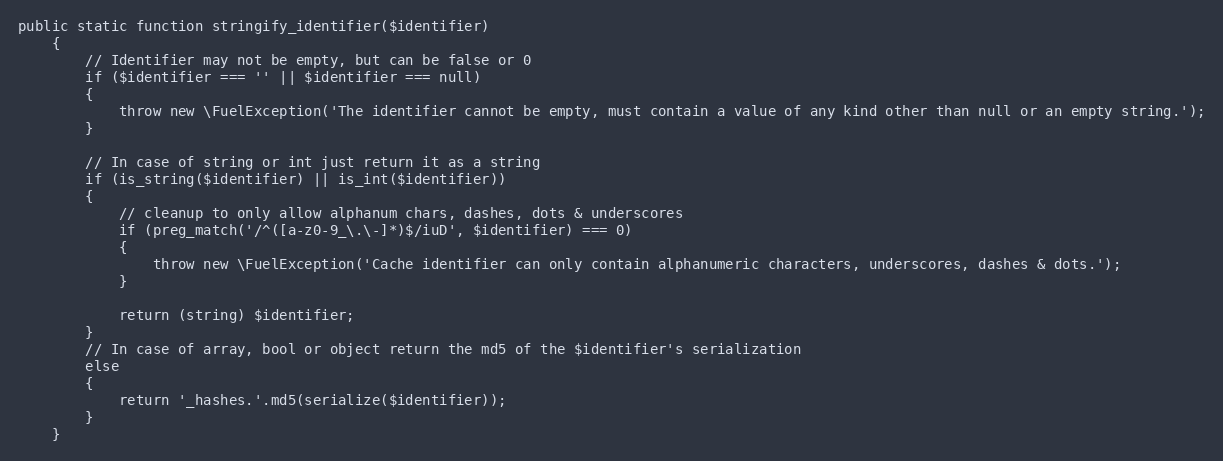
Language: PHP
public static function stringify_identifier($identifier)
	{
		// Identifier may not be empty, but can be false or 0
		if ($identifier === '' || $identifier === null)
		{
			throw new \FuelException('The identifier cannot be empty, must contain a value of any kind other than null or an empty string.');
		}

		// In case of string or int just return it as a string
		if (is_string($identifier) || is_int($identifier))
		{
			// cleanup to only allow alphanum chars, dashes, dots & underscores
			if (preg_match('/^([a-z0-9_\.\-]*)$/iuD', $identifier) === 0)
			{
				throw new \FuelException('Cache identifier can only contain alphanumeric characters, underscores, dashes & dots.');
			}

			return (string) $identifier;
		}
		// In case of array, bool or object return the md5 of the $identifier's serialization
		else
		{
			return '_hashes.'.md5(serialize($identifier));
		}
	}